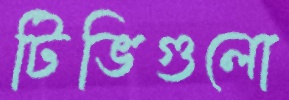
টিভিগুলো